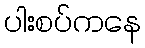
ပါးစပ်ကနေ